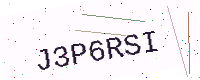
Text: J3P6RSI